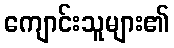
ကျောင်းသူများ၏